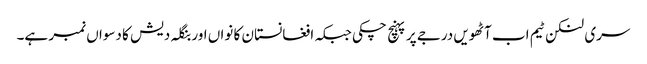
سری لنکن ٹیم اب آٹھویں درجے پر پہنچ چکی جبکہ افغانستان کا نواں اور بنگلہ دیش کا دسواں نمبر ہے۔